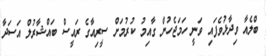
ބްލެއާ ވިދާޅުވެފައި ވަނީ ހަމަޖެހުން ގާއިމު ކުރުމަށް ސީރިއާގެ ރައީސް ބައްޝާރުލް އަސަދާ